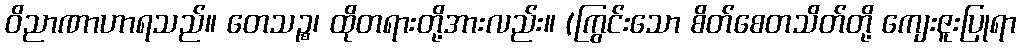
ဝိညာဏာဟာရသည်။ တေသဉ္စ၊ ထိုတရားတို့အားလည်း။ (ကြွင်းသော စိတ်စေတသိတ်တို့ ကျေးဇူးပြုရာ